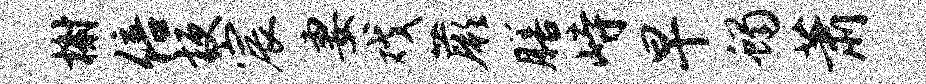
榭倍梗宸妻戏蕨膳峙早蝎萧